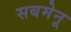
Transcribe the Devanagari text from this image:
सबमेनू